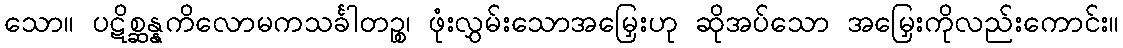
သော။ ပဋိစ္ဆန္နကိလောမကသင်္ခါတဉ္စ၊ ဖုံးလွှမ်းသောအမြှေးဟု ဆိုအပ်သော အမြှေးကိုလည်းကောင်း။